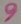
Text: 9